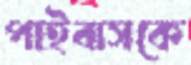
পাইবাসকে